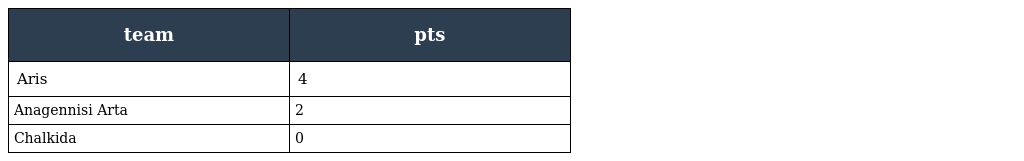
| team | pts |
 | --- | --- |
 | Aris | 4 |
 | Anagennisi Arta | 2 |
 | Chalkida | 0 |